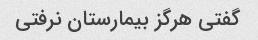
گفتی هرگز بیمارستان نرفتی